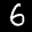
Label: 6